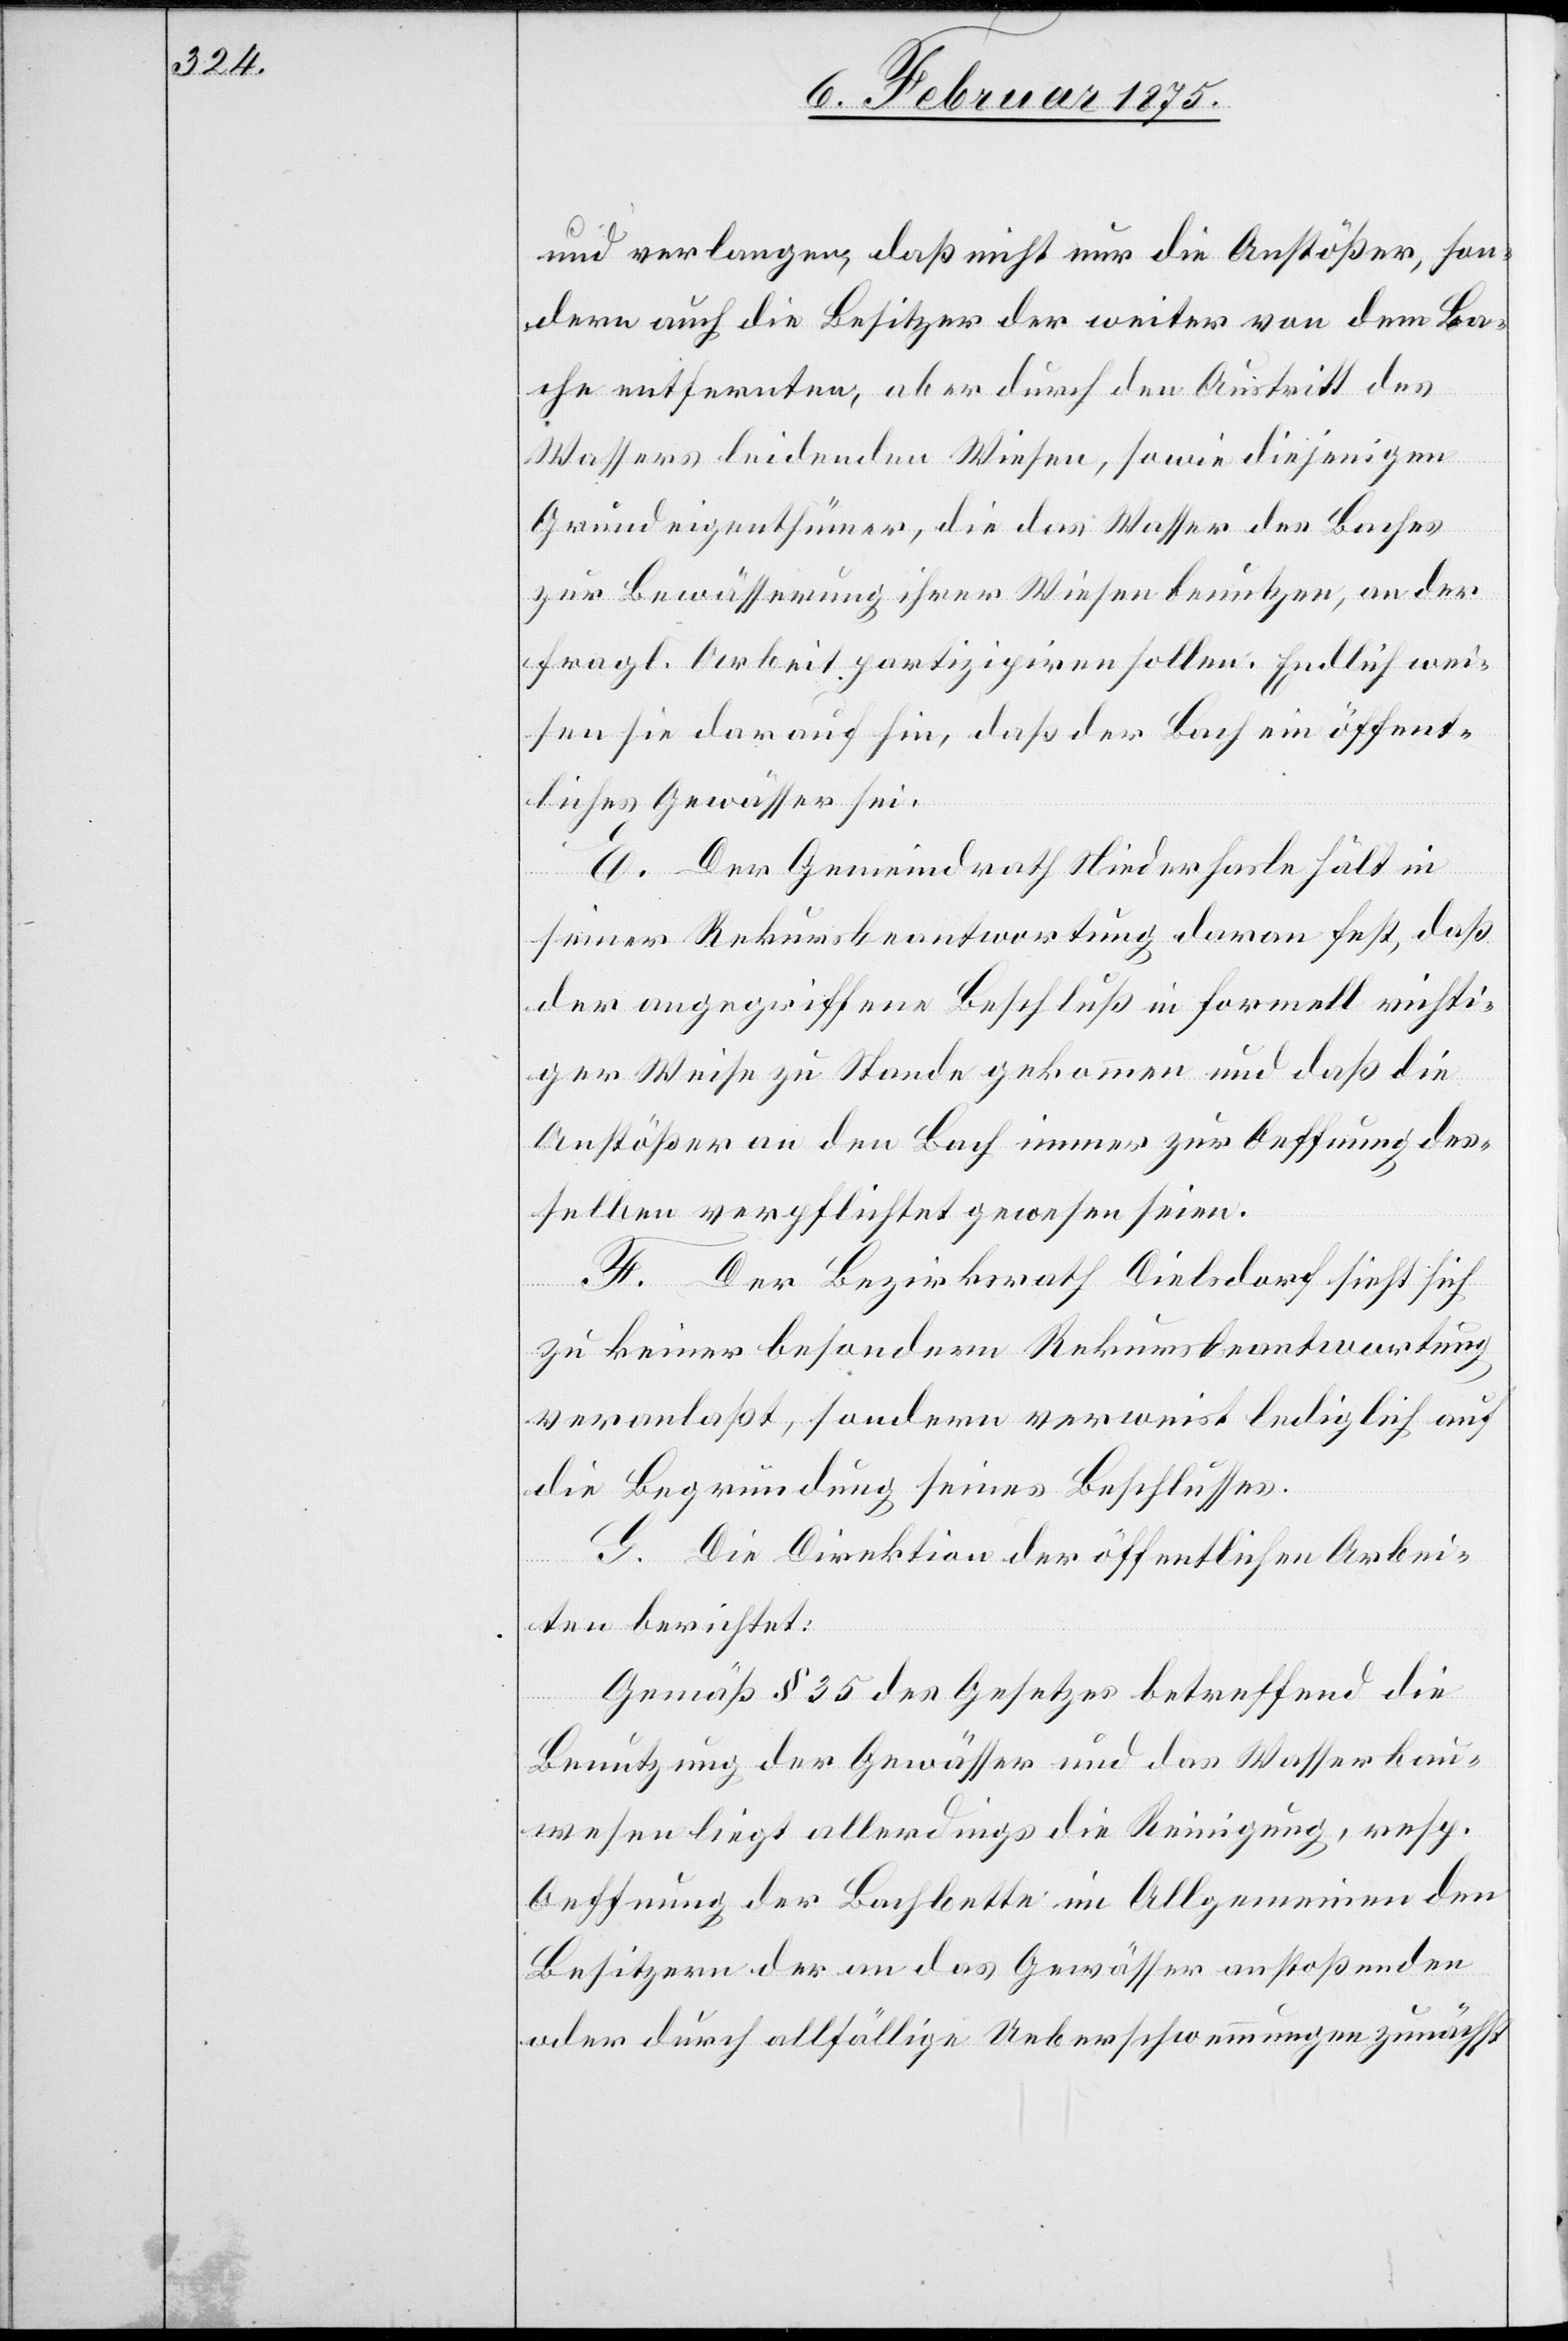
und verlangen, daß nicht nur die Anstößer, son¬
dern auch die Besitzer der weiter von dem Ba¬
che entfernten, aber durch den Austritt des
Wassers leidenden Wiesen, sowie diejenigen
Grundeigenthümer, die das Wasser des Baches
zur Bewässerung ihrer Wiesen benutzen, an der
fragl. Arbeit partizipiren sollen. Endlich wei¬
sen sie darauf hin, daß der Bach ein öffent¬
liches Gewässer sei.
E. Der Gemeindrath Niederhasle hält in
seiner Rekursbeantwortung daran fest, daß
der angegriffene Beschluß in formell richti¬
ger Weise zu Stande gekommen und daß die
Anstößer an den Bach immer zur Oeffnung des¬
selben verpflichtet gewesen seien.
F. Der Bezirksrath Dielsdorf sieht sich
zu keiner besondern Rekursbeantwortung
veranlaßt, sondern verweist lediglich auf
die Begründung seines Beschlusses.
G. Die Direktion der öffentlichen Arbei¬
ten berichtet:
Gemäß § 35 des Gesetzes betreffend die
Benutzung der Gewässer und das Wasserbau¬
wesen liegt allerdings die Reinigung, resp.
Oeffnung der Bachbette im Allgemeinen den
Besitzern der an das Gewässer anstoßenden
oder durch allfällige Ueberschwemmungen zunächst